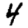
Digit: 4